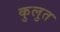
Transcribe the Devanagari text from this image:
कुलुत